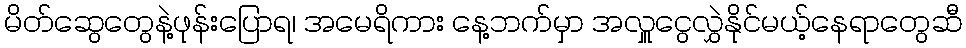
မိတ်ဆွေတွေနဲ့ဖုန်းပြောရ၊ အမေရိကား နေ့ဘက်မှာ အလှူငွေလွှဲနိုင်မယ့်နေရာတွေဆီ